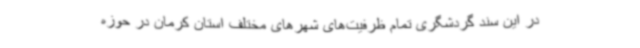
در این سند گردشگری تمام ظرفیت‌های شهرهای مختلف استان کرمان در حوزه